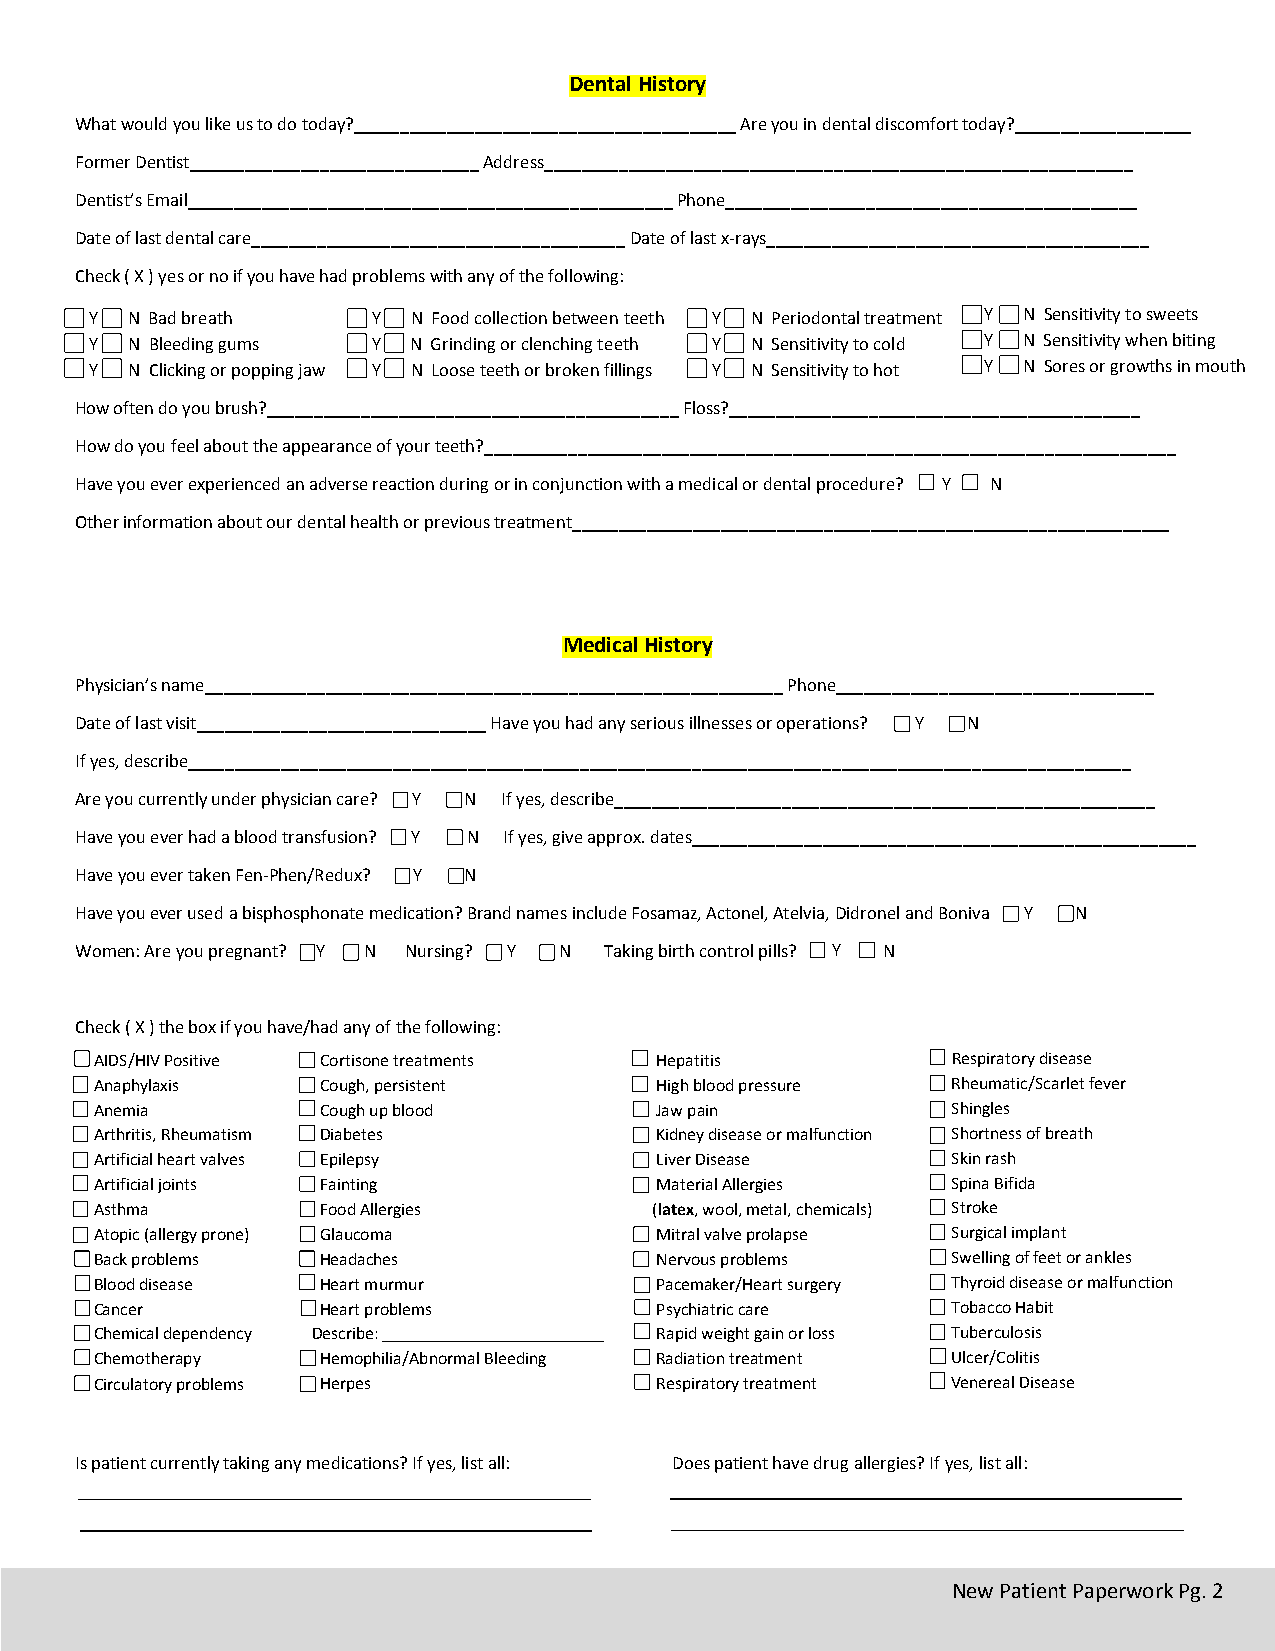
Dental History
 What would you like us to do today?_________________________________________ Are you in dental discomfort today?___________________
 Former Dentist_______________________________ Address_______________________________________________________________
 Dentist’s Email____________________________________________________ Phone____________________________________________
 Date of last dental care________________________________________ Date of last x-rays_________________________________________
 Check ( X ) yes or no if you have had problems with any of the following:
 Y N Bad breath     Y N Food collection between teeth Y N Periodontal treatment Y N Sensitivity to sweets
 Y N Bleeding gums  Y N Grinding or clenching teeth Y N Sensitivity to cold Y N Sensitivity when biting
 Y N Clicking or popping jaw Y N Loose teeth or broken fillings Y N Sensitivity to hot Y N Sores or growths in mouth
 How often do you brush?____________________________________________ Floss?____________________________________________
 How do you feel about the appearance of your teeth?__________________________________________________________________________
 Have you ever experienced an adverse reaction during or in conjunction with a medical or dental procedure? Y N
 Other information about our dental health or previous treatment________________________________________________________________
 Medical History
 Physician’s name______________________________________________________________ Phone__________________________________
 Date of last visit_______________________________ Have you had any serious illnesses or operations? Y N
 If yes, describe_____________________________________________________________________________________________________
 Are you currently under physician care? Y N If yes, describe__________________________________________________________
 Have you ever had a blood transfusion? Y N If yes, give approx. dates______________________________________________________
 Have you ever taken Fen-Phen/Redux? Y N
 Have you ever used a bisphosphonate medication? Brand names include Fosamaz, Actonel, Atelvia, Didronel and Boniva Y N
 Women: Are you pregnant? Y N Nursing? Y N Taking birth control pills? Y N
 Check ( X ) the box if you have/had any of the following:
 AIDS/HIV Positive Cortisone treatments Hepatitis         Respiratory disease
 Anaphylaxis    Cough, persistent     High blood pressure Rheumatic/Scarlet fever
 Anemia         Cough up blood        Jaw pain            Shingles
 Arthritis, Rheumatism Diabetes       Kidney disease or malfunction Shortness of breath
 Artificial heart valves Epilepsy     Liver Disease       Skin rash
 Artificial joints Fainting           Material Allergies  Spina Bifida
 Asthma         Food Allergies        (latex, wool, metal, chemicals) Stroke
 Atopic (allergy prone) Glaucoma      Mitral valve prolapse Surgical implant
 Back problems  Headaches             Nervous problems    Swelling of feet or ankles
 Blood disease  Heart murmur          Pacemaker/Heart surgery Thyroid disease or malfunction
 Cancer         Heart problems        Psychiatric care    Tobacco Habit
 Chemical dependency Describe: _________________________ Rapid weight gain or loss Tuberculosis
 Chemotherapy   Hemophilia/Abnormal Bleeding Radiation treatment Ulcer/Colitis
 Circulatory problems Herpes          Respiratory treatment Venereal Disease
 Is patient currently taking any medications? If yes, list all: Does patient have drug allergies? If yes, list all:
 New Patient Paperwork Pg. 2